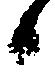
候